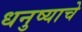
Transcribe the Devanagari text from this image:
धनुष्याचे